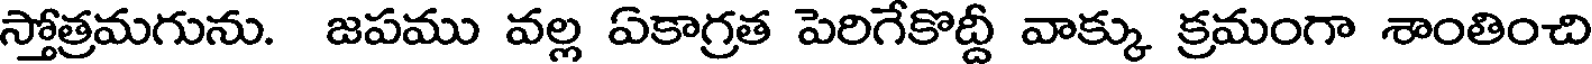
స్తోత్రమగును. జపము వల్ల ఏకాగ్రత పెరిగేకొద్దీ వాక్కు క్రమంగా శాంతించి